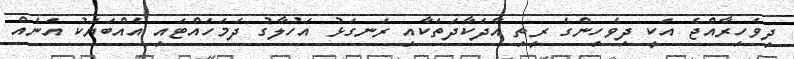
ދިވެހިރާއްޖެ އަކީ ދިވެހިންގެ ރީތި އާދަކާދަތަކާއި ރަނގަޅު އަހުލާގު ދަމަހައްޓައި އެއްބަޔަކު އަނެއް